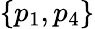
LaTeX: \{ p_{1},p_{4}\}